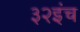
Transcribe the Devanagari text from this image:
३२इंच